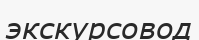
экскурсовод